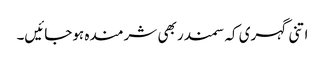
اتنی گہری کہ سمندر بھی شرمندہ ہوجائیں۔